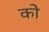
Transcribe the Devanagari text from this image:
को